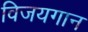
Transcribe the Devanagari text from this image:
विजयगान